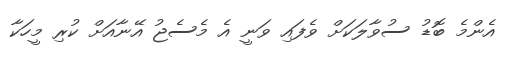
އެންމެ ބޮޑު ސުވާލަކަށް ވެފައި ވަނީ އެ މެސެޖު އޭނާއަށް ކުރި މީހަކާ